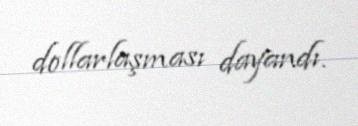
dollarlaşması dayandı.